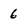
Character: 6